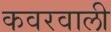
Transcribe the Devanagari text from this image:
कवरवाली